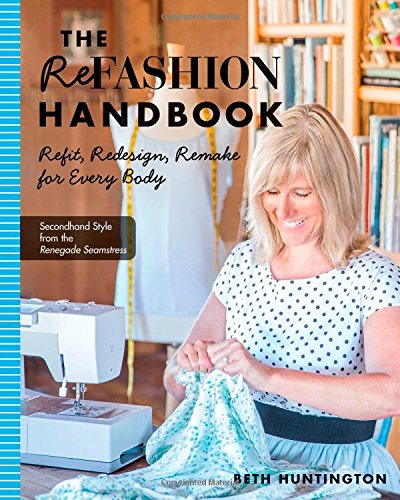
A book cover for The Refashion Handbook: Refit, Redesign, Remake for Every Body; Beth Huntington; Crafts, Hobbies & Home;